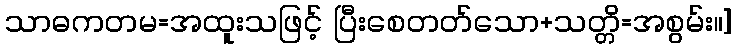
သာဓကတမ=အထူးသဖြင့် ပြီးစေတတ်သော+သတ္တိ=အစွမ်း။]